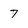
Character: 7